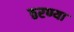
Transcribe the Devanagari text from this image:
ठरण्या